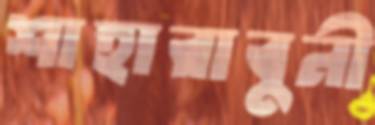
শাহারাবুনী